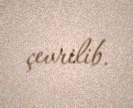
çevrilib.